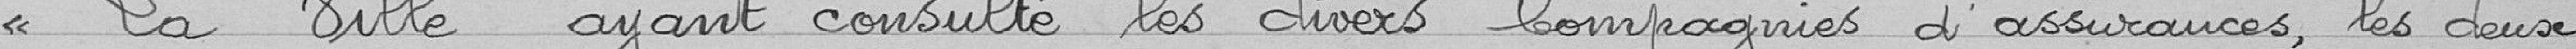
"La ville ayant consulté les divers compagnies d'assurances, les deux